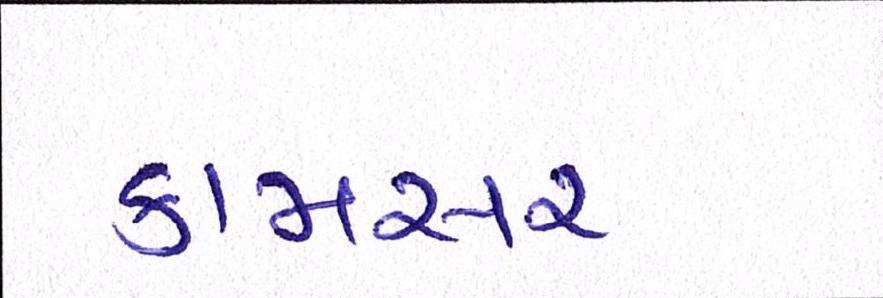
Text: કામસર